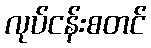
လုပ်ငန်းစတင်